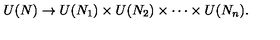
U ( N ) \to U ( N _ { 1 } ) \times U ( N _ { 2 } ) \times \cdots \times U ( N _ { n } ) .